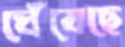
ঘেঁষেছে